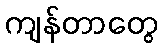
ကျန်တာတွေ